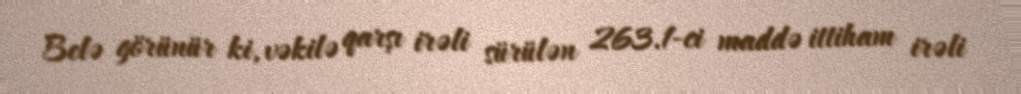
Belə görünür ki, vəkilə qarşı irəli sürülən 263.1-ci maddə ittiham irəli